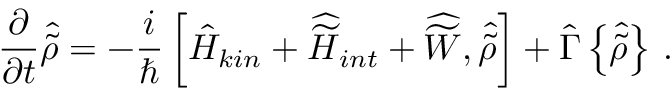
\frac { \partial } { \partial t } { \hat { \tilde { \rho } } } = - \frac { i } { \hbar } \left[ { \hat { H } } _ { k i n } + { \widehat { \widetilde H } } _ { i n t } + { \widehat { \widetilde W } } , { \hat { \tilde { \rho } } } \right] + { \hat { \Gamma } } \left\{ { \hat { \tilde { \rho } } } \right\} \, .